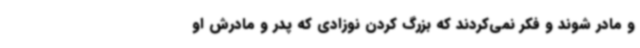
و مادر شوند و فکر نمی‌کردند که بزرگ کردن نوزادی که پدر و مادرش او